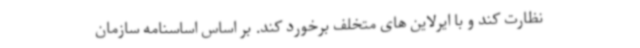
نظارت کند و با ایرلاین های متخلف برخورد کند. بر اساس اساسنامه سازمان